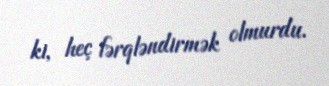
ki, heç fərqləndirmək olmurdu.